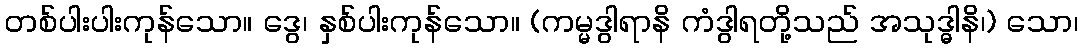
တစ်ပါးပါးကုန်သော။ ဒွေ၊ နှစ်ပါးကုန်သော။ (ကမ္မဒွါရာနိ ကံဒွါရတို့သည် အသုဒ္ဓါနိ၊) သော၊